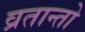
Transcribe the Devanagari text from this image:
व्रतान्तो